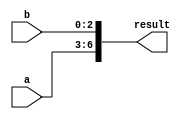
module concat_example (
  input [3:0] a,
  input [2:0] b,
  output [6:0] result
);

assign result = {a, b};

endmodule